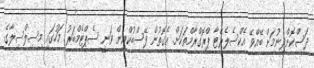
ދަސްކޮށްދިނުމަށް ބޭއްވޭ އެކްސެލެރޭޓާ ޕްރޮގްރާމްތަކަށް. އެގޮތުން ފޭސްބުކްއިން ވަނީ ސެޕްޓެމްބަރު މަހުގައި މިސިލްސިލާގެ